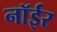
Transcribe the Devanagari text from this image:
नॉईर